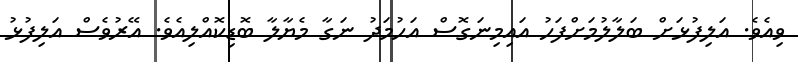
ވިއެވެ. އަލިފުޅަށް ބަލާލުމަށްފަހު އައިމިނަގޮސް އަހުމަދު ނަގާ މެޔާލާ ބޮޑިކޮއްލިއެވެ. އޭރުވެސް އަލިފުޅު